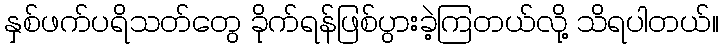
နှစ်ဖက်ပရိသတ်တွေ ခိုက်ရန်ဖြစ်ပွားခဲ့ကြတယ်လို့ သိရပါတယ်။